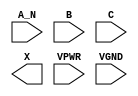
module sky130_fd_sc_hs__and3b (
    //# {{data|Data Signals}}
    input  A_N ,
    input  B   ,
    input  C   ,
    output X   ,

    //# {{power|Power}}
    input  VPWR,
    input  VGND
);
endmodule